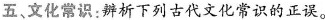
五、文化常识：辨析下列古代文化常识的正误。